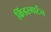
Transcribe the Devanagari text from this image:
किंडरगार्टेन